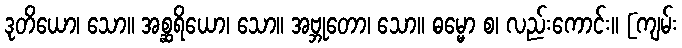
ဒုတိယော၊ သော။ အစ္ဆရိယော၊ သော။ အဗ္ဘုတော၊ သော။ ဓမ္မော စ၊ လည်းကောင်း။ [ကျမ်း